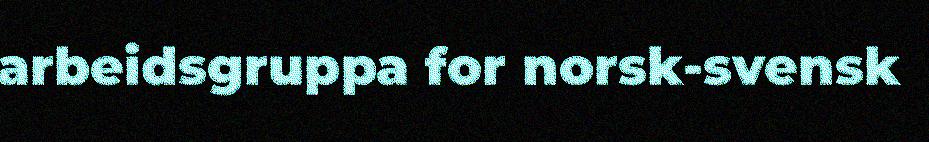
arbeidsgruppa for norsk-svensk